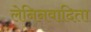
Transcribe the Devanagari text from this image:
लेनिनवादिता